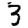
Digit: 3